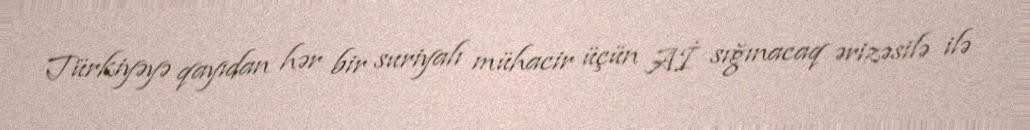
Türkiyəyə qayıdan hər bir suriyalı mühacir üçün Aİ sığınacaq ərizəsilə ilə